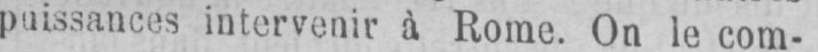
puissances intervenir à Rome. On le com-